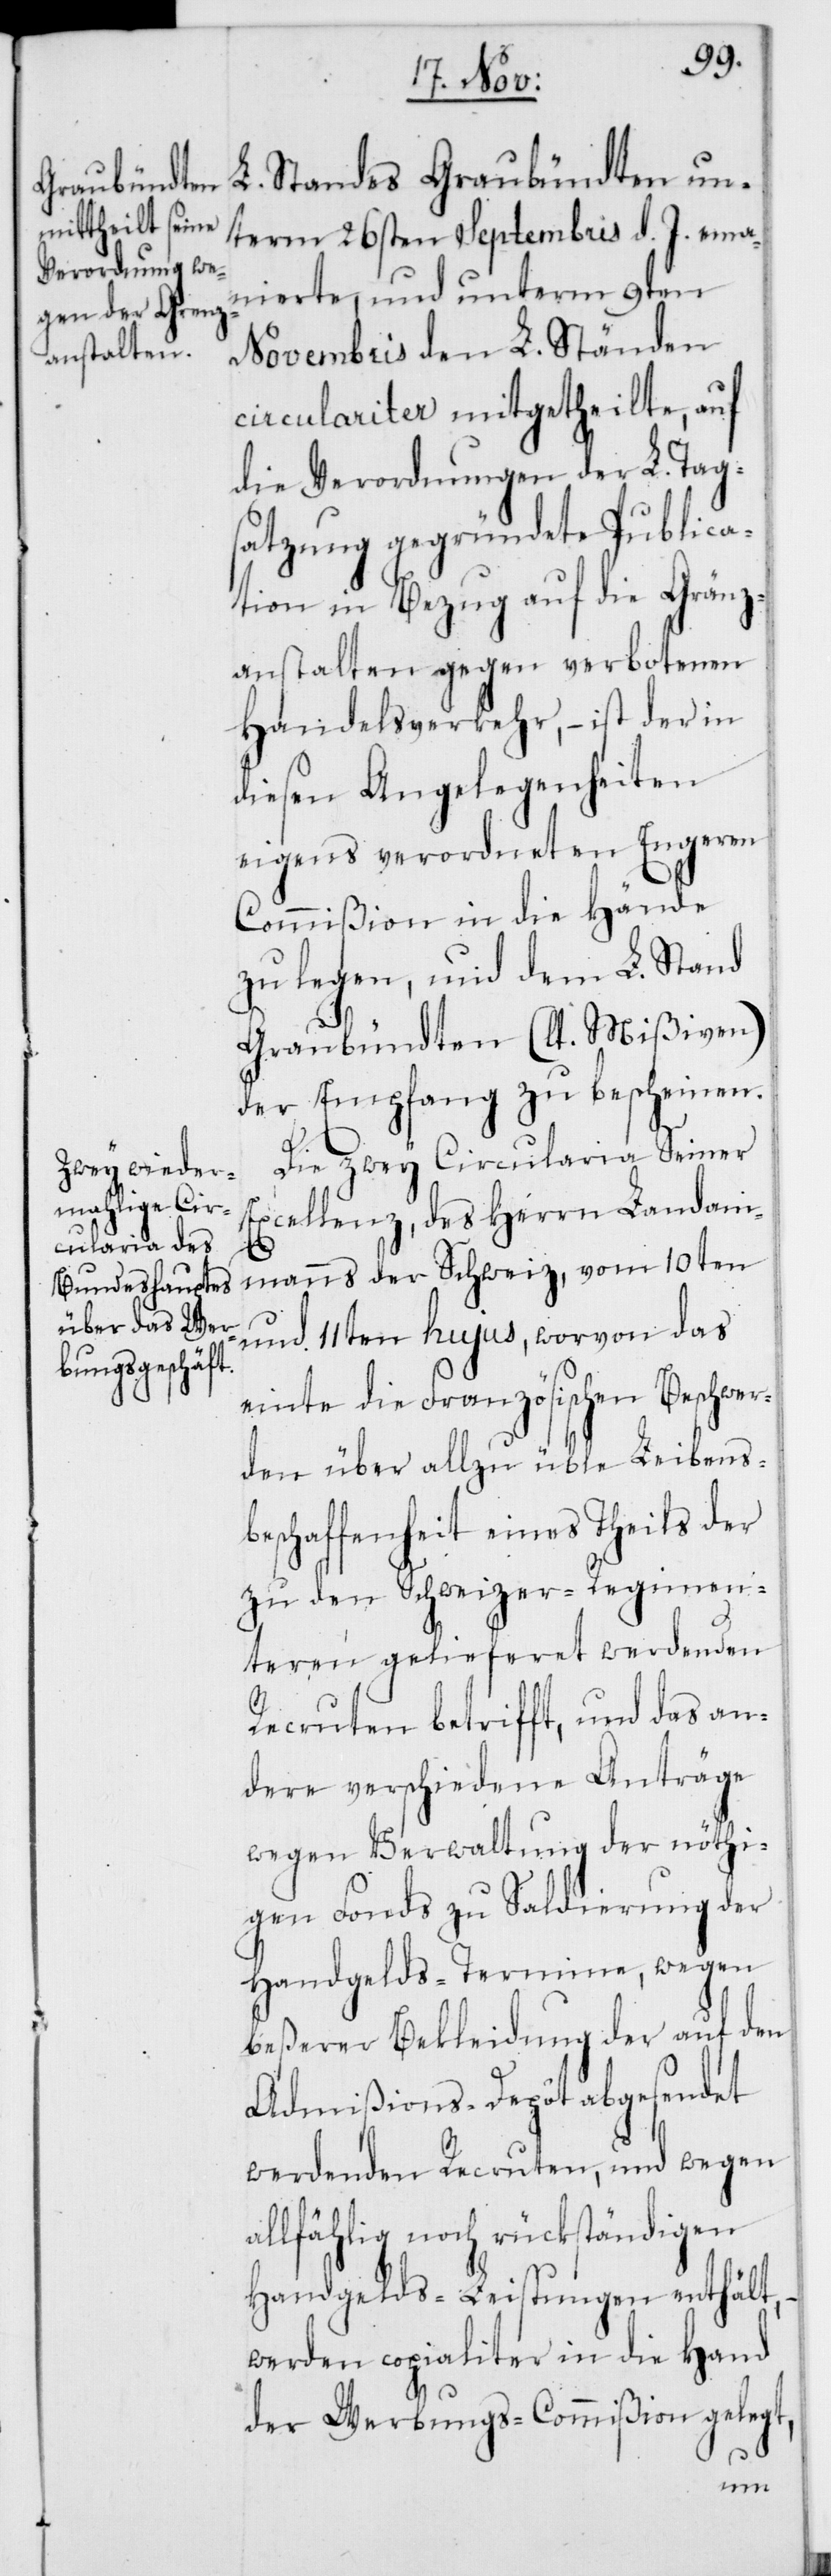
L. Standes Graubündten un¬
term 26sten Septembris d. J. ema¬
nierte, und unterm 9ten
Novembris den L. Ständen
circulariter mitgetheilte, auf
die Verordnungen der L. Tag¬
satzung gegründete Publica¬
tion in Bezug auf die Gränz¬
anstalten gegen verbotenen
Handelsverkehr, – ist der in
diesen Angelegenheiten
eigens verordneten Engeren
Commißion in die Hände
zu legen, und dem L. Stand
Graubündten (lt. Mißiven)
der Empfang zu bescheinen.
Die zwey Circularia Seiner
Excellenz, des Herrn Landam¬
manns der Schweiz, vom 10ten
und 11ten hujus, worvon das
einte die Französischen Beschwer¬
den über allzu üble Leibens¬
beschaffenheit eines Theils der
zu den Schweizer-Regimen¬
teren gelieferet werdenden
Recruten betrifft, und das an¬
dere verschiedene Anträge
wegen Verwaltung der nöthi¬
gen Fonds zu Saldierung der
Handgelds-Termine, wegen
beßerer Bekleidung der auf den
Admißions-Depôt abgesendet
werdenden Recruten, und wegen
allfählig noch rückständigen
Handgelds-Leistungen enthält,
werden copialiter in die Hand
der Werbungs-Commißion gelegt,